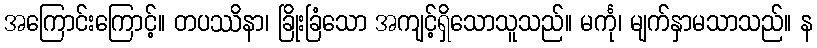
အကြောင်းကြောင့်။ တပဿိနာ၊ ခြိုးခြံသော အကျင့်ရှိသောသူသည်။ မင်္ကု၊ မျက်နှာမသာသည်။ န